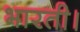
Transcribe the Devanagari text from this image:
भारती।